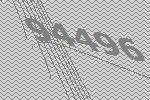
94496